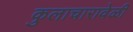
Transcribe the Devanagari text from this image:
कुलाचारावेळी